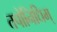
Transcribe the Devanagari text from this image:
तपोनिधिम्